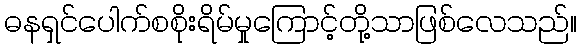
ဓနရှင်ပေါက်စစိုးရိမ်မှုကြောင့်တို့သာဖြစ်လေသည်။